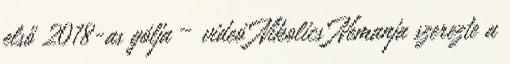
első 2018-as gólja – videó Nikolics Nemanja szerezte a